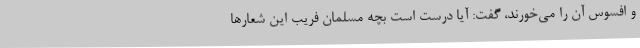
و افسوس آن را می‌خورند، گفت: آیا درست است بچه مسلمان فریب این شعارها